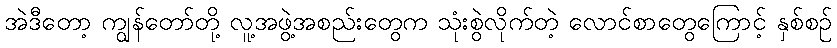
အဲဒီတော့ ကျွန်တော်တို့ လူ့အဖွဲ့အစည်းတွေက သုံးစွဲလိုက်တဲ့ လောင်စာတွေကြောင့် နှစ်စဉ်